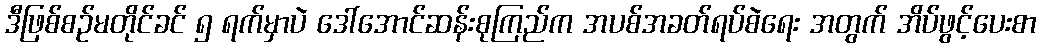
ဒီဖြစ်စဉ်မတိုင်ခင် ၅ ရက်မှာပဲ ဒေါ်အောင်ဆန်းစုကြည်က အပစ်အခတ်ရပ်စဲရေး အတွက် အိပ်ဖွင့်ပေးစာ